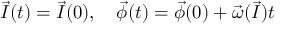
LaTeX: { \vec { I } } ( t ) = { \vec { I } } ( 0 ) , \quad { \vec { \phi } } ( t ) = { \vec { \phi } } ( 0 ) + { \vec { \omega } } ( { \vec { I } } ) t